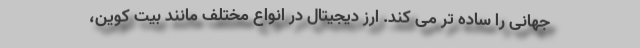
جهانی را ساده تر می کند. ارز دیجیتال در انواع مختلف مانند بیت‌ کوین،